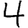
Digit: 4